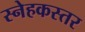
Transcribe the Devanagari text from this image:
स्नेहकस्तर